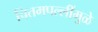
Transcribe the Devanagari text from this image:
चितमपल्लींमुळे